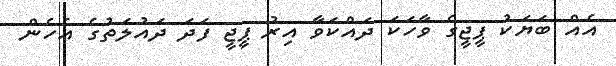
އެއް ބަޔަކު ޕީޖީގެ ވާހަކަ ދައްކަވާ އިރު ޕީޖީ ފަދަ ދައުލަތުގެ އެހެން